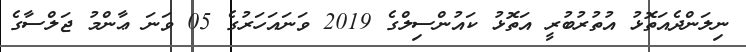
ނިލަންދެއަތޮޅު އުތުރުބުރީ އަތޮޅު ކައުންސިލްގެ 2019 ވަނައަހަރުގެ 05 ވަނަ ޢާންމު ޖަލްސާގެ